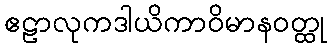
ဧဠာလုကဒါယိကာဝိမာနဝတ္ထု